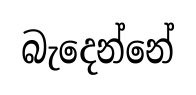
බැදෙන්නේ